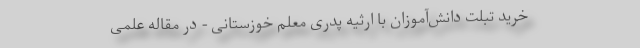
خرید تبلت دانش‌آموزان با ارثیه پدری معلم خوزستانی - در مقاله علمی